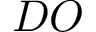
D O